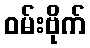
ဝမ်းဗိုက်